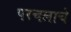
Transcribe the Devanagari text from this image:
परचलाचे